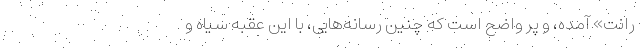
رانت» آمده، و پُر واضح است که چنین رسانه‌هایی، با این عقبه سیاه و